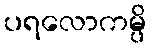
ပရလောကမ္ပိ